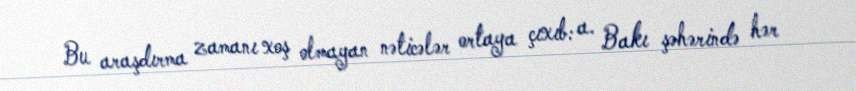
Bu araşdırma zamanı xoş olmayan nəticələr ortaya çıxıb: a. Bakı şəhərində hər